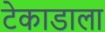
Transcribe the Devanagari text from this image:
टेकाडाला